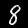
Label: 8